Indian journal of veterinary science and animal husbandry - Volumes 24-25, 1954-1955
Year: 1954
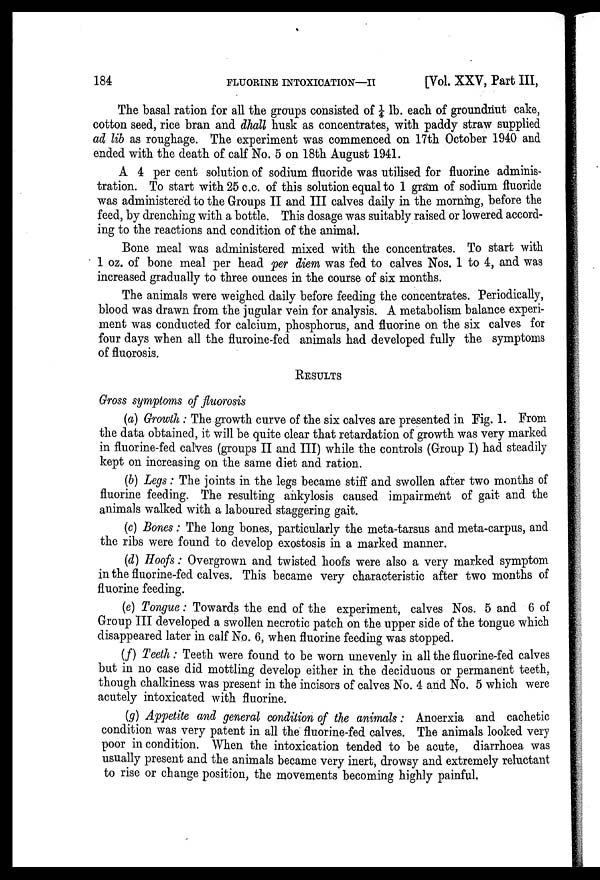
184
FLUORINE
INTOXICATION—II
[Vol. XXV, Part III,
The basal ration for all the groups consisted of 1/4 lb. each of groundnut cake,
cotton seed, rice bran and dhall husk as concentrates, with paddy straw supplied
ad lib as roughage. The experiment was commenced on 17th October 1940 and
ended with the death of calf No. 5 on 18th August 1941.
A 4 per cent solution of sodium fluoride was utilised for fluorine adminis-
tration. To start with 25 c.c. of this solution equal to 1 gram of sodium fluoride
was administered to the Groups II and III calves daily in the morning, before the
feed, by drenching with a bottle. This dosage was suitably raised or lowered accord-
ing to the reactions and condition of the animal.
Bone meal was administered mixed with the concentrates. To start with
1 oz. of bone meal per head per diem was fed to calves Nos. 1 to 4, and was
increased gradually to three ounces in the course of six months.
The animals were weighed daily before feeding the concentrates. Periodically,
blood was drawn from the jugular vein for analysis. A metabolism balance experi-
ment was conducted for calcium, phosphorus, and fluorine on the six calves for
four days when all the fluroine-fed animals had developed fully the symptoms
of fluorosis.
RESULTS
Gross symptoms of fluorosis
(a) Growth: The growth curve of the six calves are presented in Fig. 1. From
the data obtained, it will be quite clear that retardation of growth was very marked
in fluorine-fed calves (groups II and III) while the controls (Group I) had steadily
kept on increasing on the same diet and ration.
(b) Legs: The joints in the legs became stiff and swollen after two months of
fluorine feeding. The resulting ankylosis caused impairment of gait and the
animals walked with a laboured staggering gait.
(c) Bones: The long bones, particularly the meta-tarsus and meta-carpus, and
the ribs were found to develop exostosis in a marked manner.
(d) Hoofs: Overgrown and twisted hoofs were also a very marked symptom
in the fluorine-fed calves. This became very characteristic after two months of
fluorine feeding.
(e) Tongue: Towards the end of the experiment, calves Nos. 5 and 6 of
Group III developed a swollen necrotic patch on the upper side of the tongue which
disappeared later in calf No. 6, when fluorine feeding was stopped.
(f) Teeth: Teeth were found to be worn unevenly in all the fluorine-fed calves
but in no case did mottling develop either in the deciduous or permanent teeth,
though chalkiness was present in the incisors of calves No. 4 and No. 5 which were
acutely intoxicated with fluorine.
(g) Appetite and general condition of the animals: Anoerxia and cachetic
condition was very patent in all the fluorine-fed calves. The animals looked very
poor in condition. When the intoxication tended to be acute, diarrhoea was
usually present and the animals became very inert, drowsy and extremely reluctant
to rise or change position, the movements becoming highly painful,